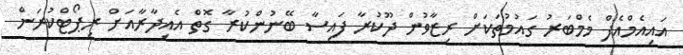
އައިއެމްއެފް މެމްބަރު ގައުމުތަކަށް ރިޒާވުން ދޫކުރާ ފައިސާ ބޭނުންކުރާ ގޮތް އެއިދާރާއަށް ރިޕޯޓްކުރަން